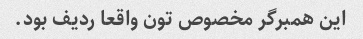
این همبرگر مخصوص تون واقعا ردیف بود.